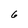
Character: 6